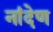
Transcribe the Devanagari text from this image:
नांदेण